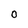
Character: 0